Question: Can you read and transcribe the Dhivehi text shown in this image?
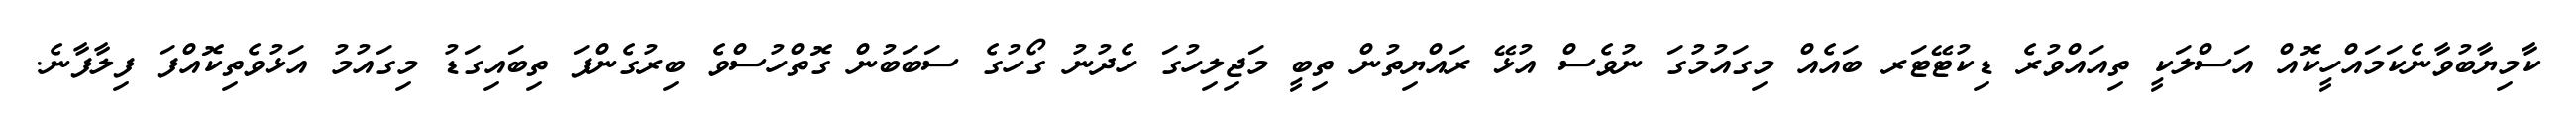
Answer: ކާމިޔާބުވާނެކަމައްހީކޮއް އަސްލަކީ ތިއައްވުރެ ޑިކުޓޭޓަރ ބައެއް މިގައުމުގަ ނުވެސް އުޅޭ ރައްޔިތުން ތިބީ މަޖިލިހުގަ ހެދުނު ގޯހުގެ ސަބަބުން ގޮތްހުސްވެ ބިރުގެންފަ ތިބައިގަޑު މިގައުމު އަޅުވެތިކޮއްފަ ފިލާފާނެ.